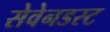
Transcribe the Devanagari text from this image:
सेवेनडस्ट